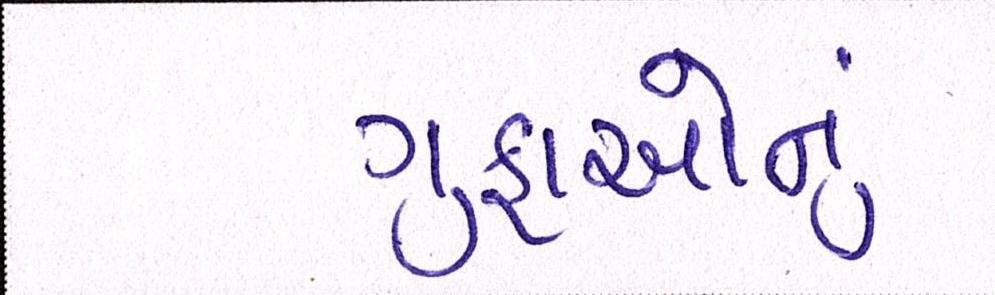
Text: ગુફાઓનું